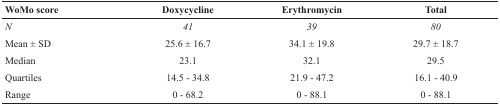
| WoMo score | Doxycycline | Erythromycin | Total |
 | --- | --- | --- | --- |
 | N | 41 | 39 | 80 |
 | Mean ± SD | 25.6 ± 16.7 | 34.1 ± 19.8 | 29.7 ± 18.7 |
 | Median | 23.1 | 32.1 | 29.5 |
 | Quartiles | 14.5 - 34.8 | 21.9 - 47.2 | 16.1 - 40.9 |
 | Range | 0 - 68.2 | 0 - 88.1 | 0 - 88.1 |